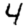
Digit: 4